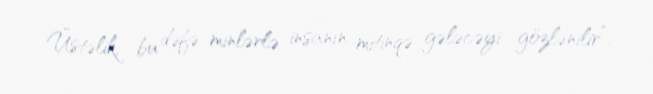
Üstəlik, bu dəfə minlərlə insanın mitinqə gələcəyi gözlənilir”.